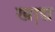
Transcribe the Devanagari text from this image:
खा़द्य